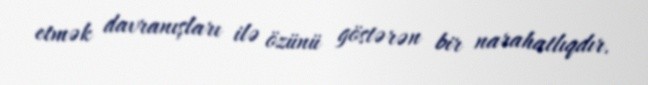
etmək davranışları ilə özünü göstərən bir narahatlıqdır.